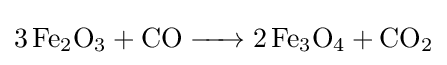
{\ce {3 Fe2O3 + CO -> 2Fe3O4 + CO2}}